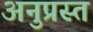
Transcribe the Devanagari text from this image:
अनुप्रस्त